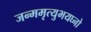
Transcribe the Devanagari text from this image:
जन्ममृत्युभयघ्नो